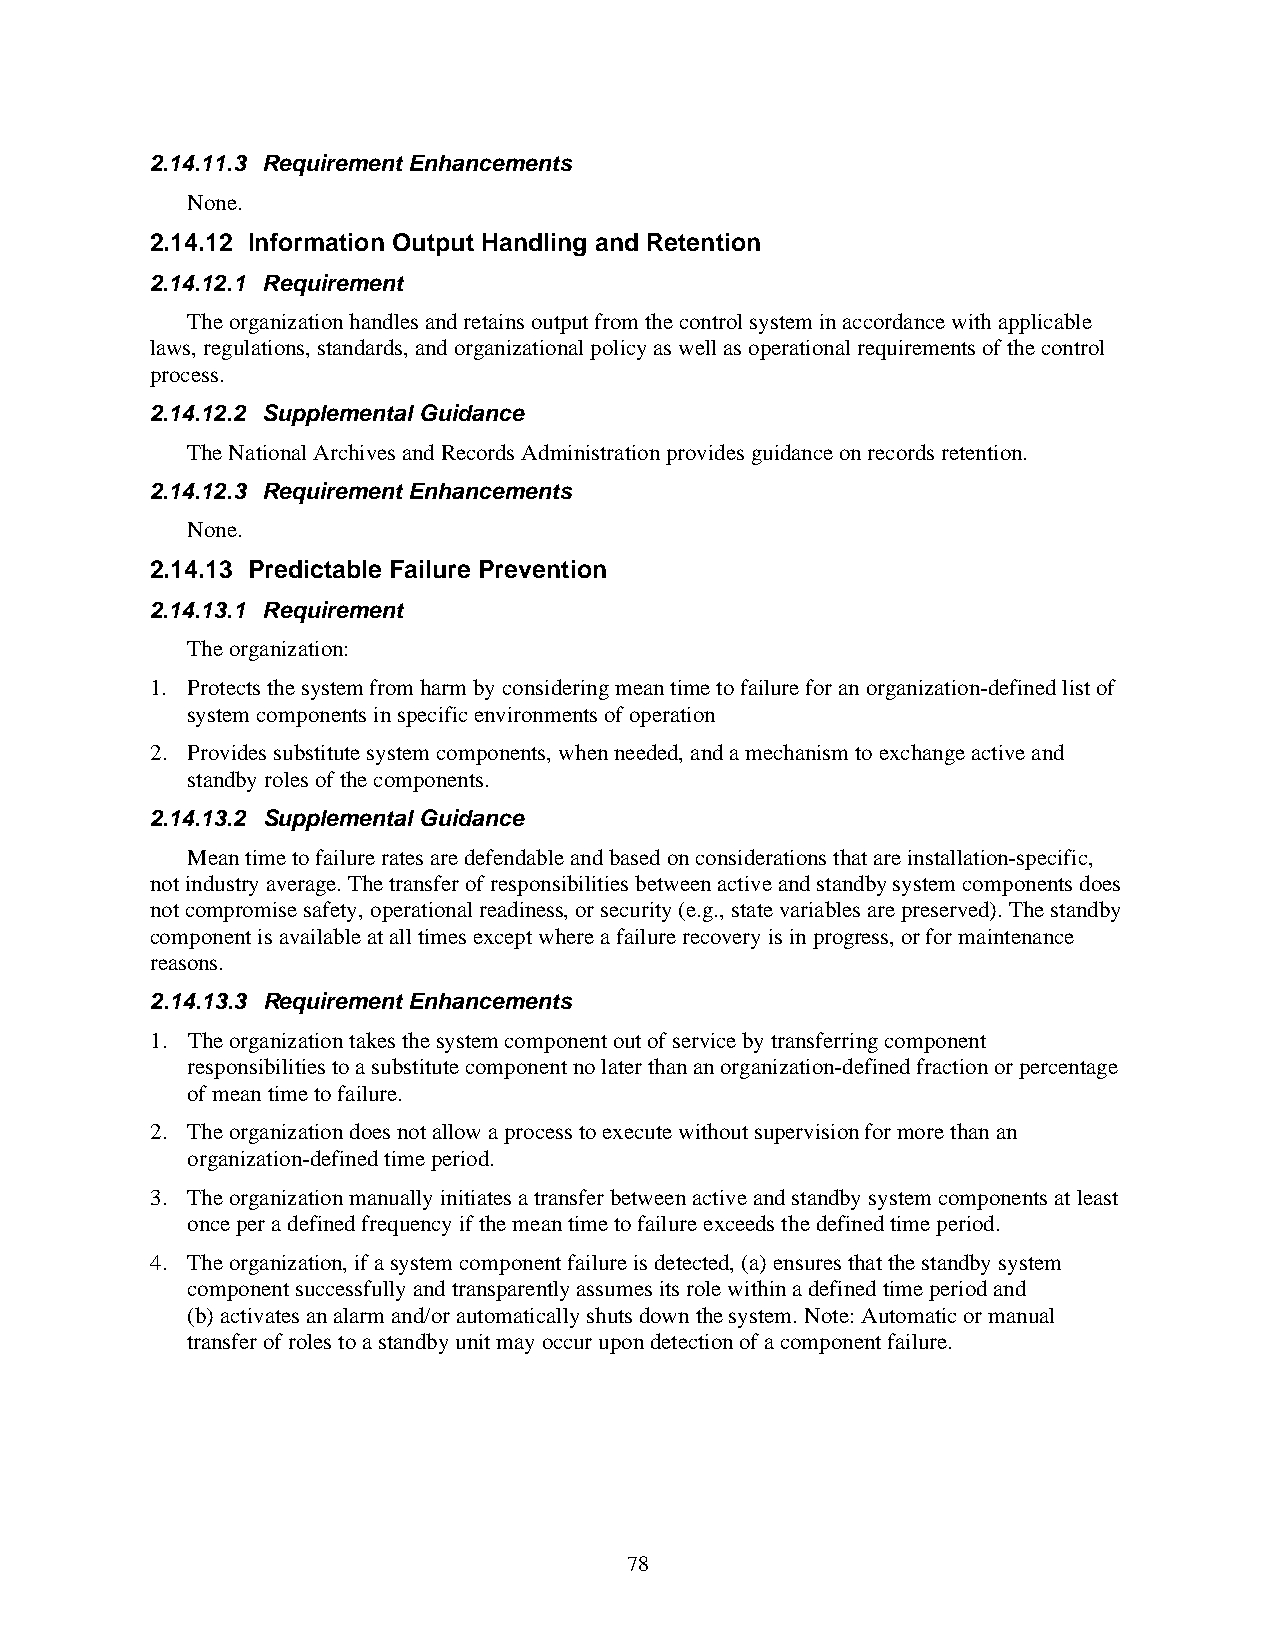
2.14.11.3 Requirement Enhancements
 None.
 2.14.12 Information Output Handling and Retention
 2.14.12.1 Requirement
 The organization handles and retains output from the control system in accordance with applicable
 laws, regulations, standards, and organizational policy as well as operational requirements of the control
 process.
 2.14.12.2 Supplemental Guidance
 The National Archives and Records Administration provides guidance on records retention.
 2.14.12.3 Requirement Enhancements
 None.
 2.14.13 Predictable Failure Prevention
 2.14.13.1 Requirement
 The organization:
 1. Protects the system from harm by considering mean time to failure for an organization-defined list of
 system components in specific environments of operation
 2. Provides substitute system components, when needed, and a mechanism to exchange active and
 standby roles of the components.
 2.14.13.2 Supplemental Guidance
 Mean time to failure rates are defendable and based on considerations that are installation-specific,
 not industry average. The transfer of responsibilities between active and standby system components does
 not compromise safety, operational readiness, or security (e.g., state variables are preserved). The standby
 component is available at all times except where a failure recovery is in progress, or for maintenance
 reasons.
 2.14.13.3 Requirement Enhancements
 1. The organization takes the system component out of service by transferring component
 responsibilities to a substitute component no later than an organization-defined fraction or percentage
 of mean time to failure.
 2. The organization does not allow a process to execute without supervision for more than an
 organization-defined time period.
 3. The organization manually initiates a transfer between active and standby system components at least
 once per a defined frequency if the mean time to failure exceeds the defined time period.
 4. The organization, if a system component failure is detected, (a) ensures that the standby system
 component successfully and transparently assumes its role within a defined time period and
 (b) activates an alarm and/or automatically shuts down the system. Note: Automatic or manual
 transfer of roles to a standby unit may occur upon detection of a component failure.
 78